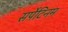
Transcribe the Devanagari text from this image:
सर्पेटिनम